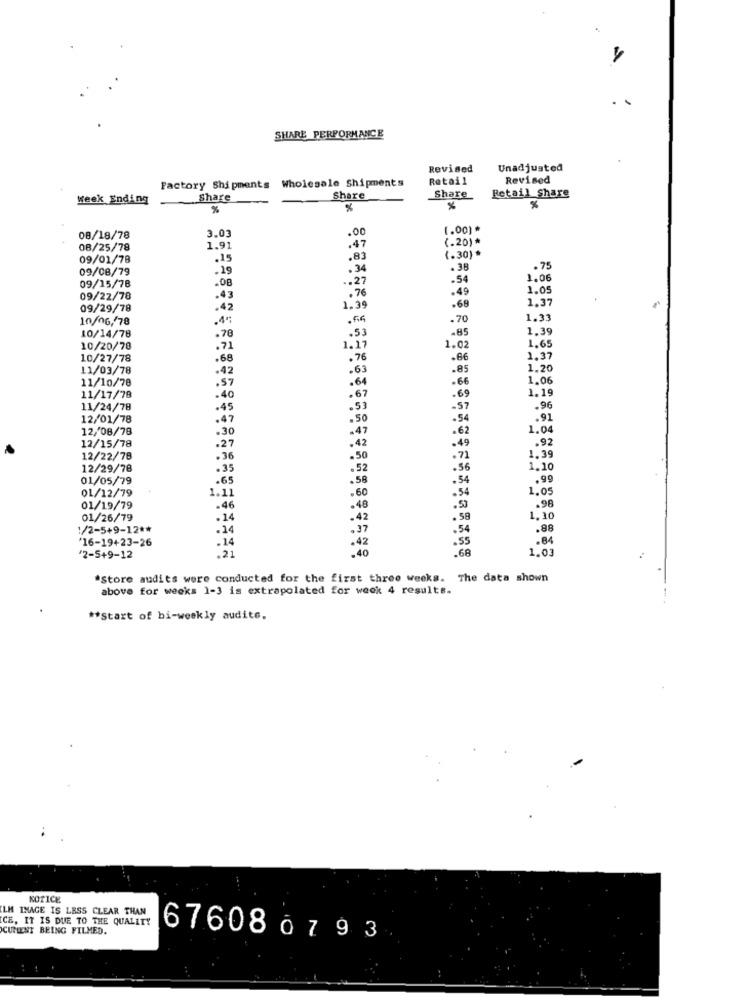
SHARE PERFORMANCE
Revised
Unadjusted
Factory Shipments Wholesale Shipments
Retail
Revised
Week Ending
Share
Share
Share
Retail Share
%
%
%
.00
1.00) *
08/18/78
3.03
(.20)*
08/25/78
1.91
.47
09/01/78
.15
.83
(.30) *
09/08/79
.19
.34
.38
.75
.. 27
.54
1.06
09/15/78
.08
.49
1.05
09/22/78
.43
. 76
1.37
09/29/78
.42
1.39
.68
10/06//78
.4*
.70
1.33
-85
1.39
10/14/78
.78
.53
1.65
10/20/78
.71
1.17
1.02
10/27/78
.68
. 76
.66
1.37
11/03/78
.42
. 63
.85
1.20
11/10/78
.57
.64
-66
1.06
1.19
11/17/78
.40
.67
.69
11/24/78
.45
. 53
-57
.96
12/01/78
.47
.50
.54
.91
12/08/78
.30
.62
1.04
. 47
.92
12/15/78
.27
. 42
.49
1.39
12/22/78
.36
.50
. 71
12/29/78
.35
.52
.56
1.10
01/05/79
.65
.58
.54
.99
01/12/79
1.11
.54
1.05
.60
.98
01/19/79
.46
.48
.53
01/26/79
. 14
. 42
.58
1.10
1/2-5+9-12 **
. 14
.37
.54
.88
'16-19+23-26
.14
.42
.55
.84
'2-5+9-12
21
.40
.6A
1.01
*Store audits were conducted for the first three weeks. The data shown
above for weeks 1-3 is extrapolated for week 4 results.
** Start of bi-weekly audite.
NOTICE
LM IMAGE IS LESS CLEAR THAN
CE, IT IS DUE TO THE QUALITY
CUMENT BEING FILMED.
676080793